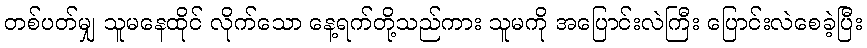
တစ်ပတ်မျှ သူမနေထိုင် လိုက်သော နေ့ရက်တို့သည်ကား သူမကို အပြောင်းလဲကြီး ပြောင်းလဲစေခဲ့ပြီး